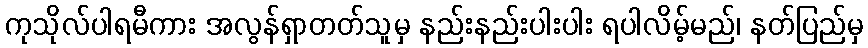
ကုသိုလ်ပါရမီကား အလွန်ရှာတတ်သူမှ နည်းနည်းပါးပါး ရပါလိမ့်မည်၊ နတ်ပြည်မှ